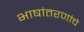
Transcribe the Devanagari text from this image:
भाषांतरणांचे